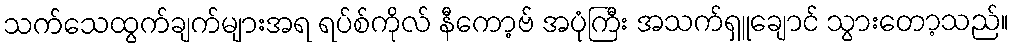
သက်သေထွက်ချက်များအရ ရပ်စ်ကိုလ် နီကော့ဗ် အပုံကြီး အသက်ရှူချောင် သွားတော့သည်။